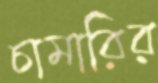
চামারির